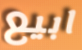
ابيع